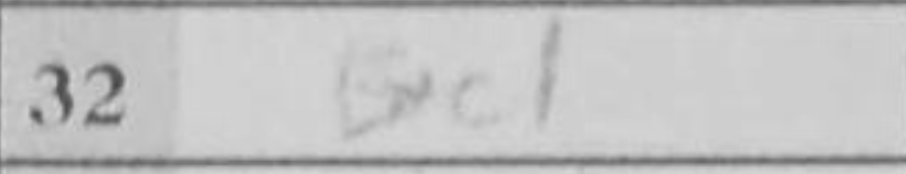
Transcription: Bxc1